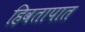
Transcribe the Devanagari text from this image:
हिवतापात